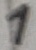
Text: 1